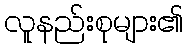
လူနည်းစုများ၏